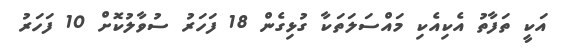
އަކީ ތަފާތު އެކިއެކި މައްސަލަތަކާ ގުޅިގެން 18 ފަހަރު ސުވާލުކޮށް 10 ފަހަރު